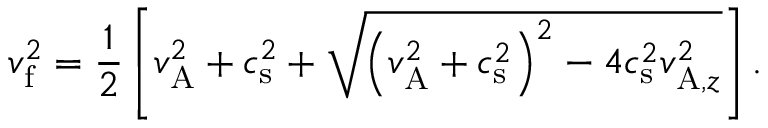
v _ { \mathrm { f } } ^ { 2 } = \frac { 1 } { 2 } \left[ v _ { \mathrm { A } } ^ { 2 } + c _ { \mathrm { s } } ^ { 2 } + \sqrt { \left( v _ { \mathrm { A } } ^ { 2 } + c _ { \mathrm { s } } ^ { 2 } \right) ^ { 2 } - 4 c _ { \mathrm { s } } ^ { 2 } v _ { \mathrm { A } , z } ^ { 2 } } \right] .